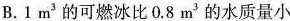
B.1m^{3} 的可燃冰比0.8m^{3} 的水质量小